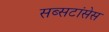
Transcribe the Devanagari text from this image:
सब्सटांसेस